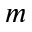
m